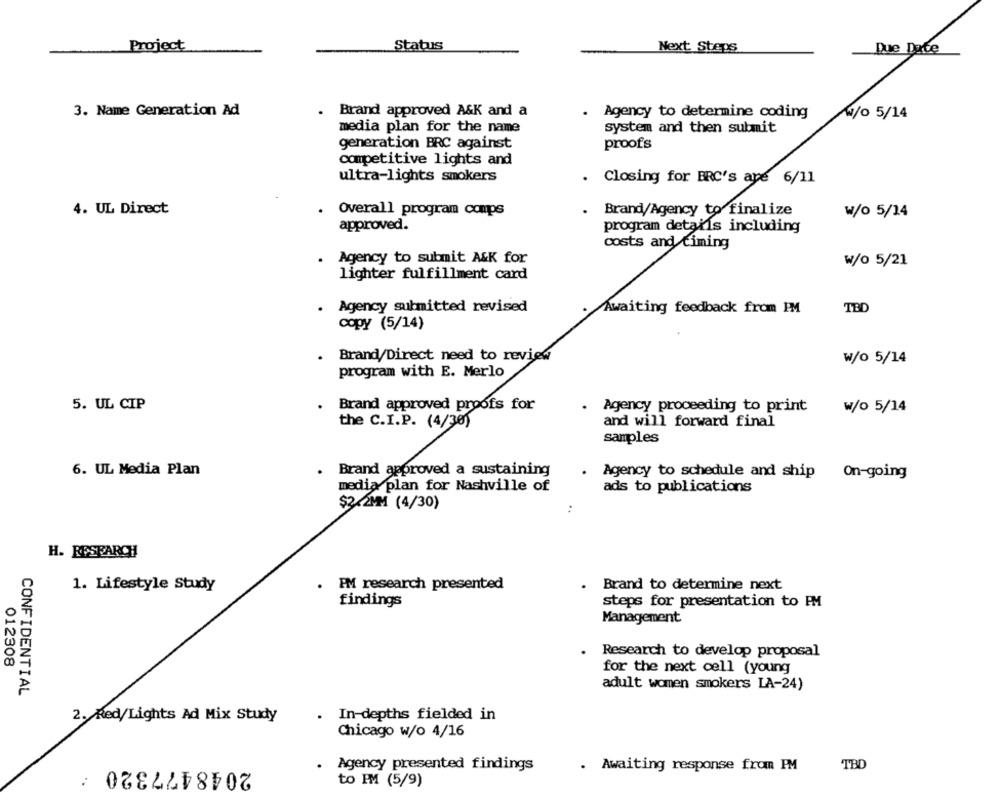
Project
Status
Next Steps
Due Date
3. Name Generation Ad
Brand approved A&K and a
Agency to determine coding
w/o 5/14
media plan for the name
system and then submit
generation BRC against
proofs
competitive lights and
ultra-lights smokers
. Closing for BRC's are 6/11
4. UL Direct
Overall program coups
Brand/Agency to finalize
w/o 5/14
approved.
program details including
costs and ciming
Agency to submit A&K for
w/o 5/21
lighter fulfillment card
. Agency submitted revised
Awaiting feedback from PM
TBD
copy (5/14)
Brand/Direct need to review
w/o 5/14
program with E. Merlo
5. UL CIP
Brand approved proofs for
.
Agency proceeding to print
w/o 5/14
the C.I.P. (4/30)
and will forward final
samples
6. UL Media Plan
. Brand approved a sustaining
Agency to schedule and ship
On-going
ia plan for Nashville of
ads to publications
$2.2MM (4/30)
H. RESEARCH
1. Lifestyle Study
PM research presented
.
Brand to determine next
findings
steps for presentation to PM
Management
.
Research to develop proposal
012308
for the next cell (young
adult women smokers LA-24)
CONFIDENTIAL
2. Red/Lights Ad Mix Study
In-depths fielded in
Chicago w/o 4/16
2048477320 :
Agency presented findings
. Awaiting response from PM
TBD
to PM (5/9)